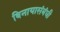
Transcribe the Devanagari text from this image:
विनायासंबंधी